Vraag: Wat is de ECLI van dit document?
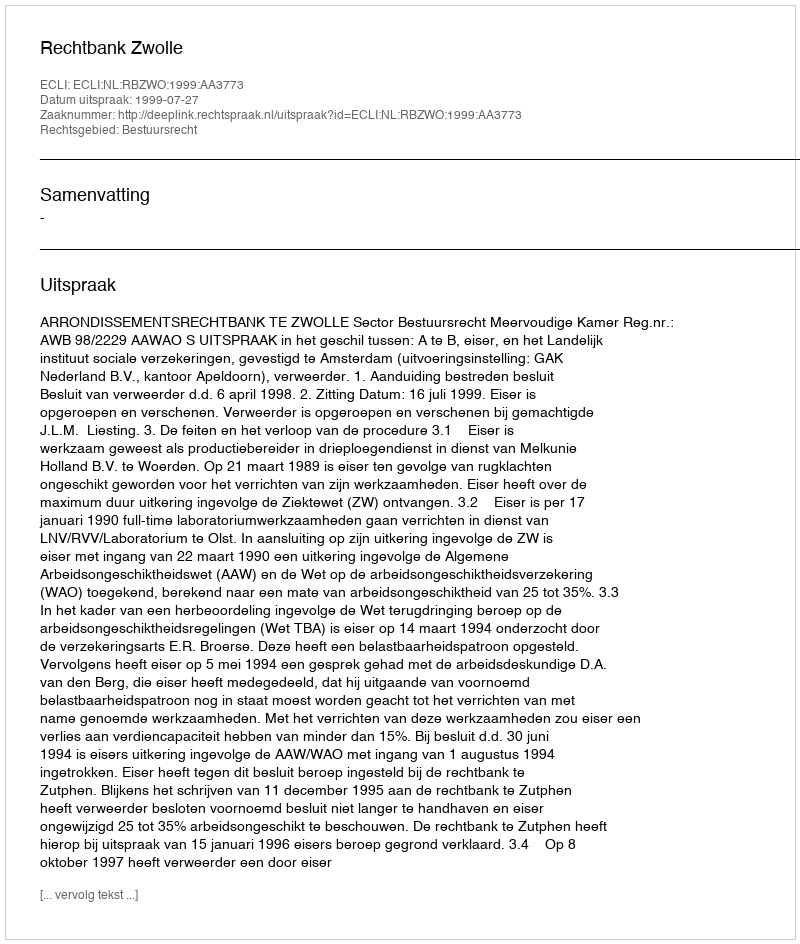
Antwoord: ECLI:NL:RBZWO:1999:AA3773